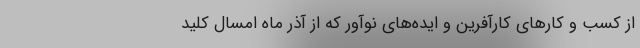
از کسب و کارهای کارآفرین و ایده‌های نوآور که از آذر ماه امسال کلید